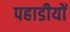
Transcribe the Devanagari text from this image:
पहाडीयों